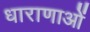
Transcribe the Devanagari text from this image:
धाराणाओं